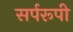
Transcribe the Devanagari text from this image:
सर्परूपी